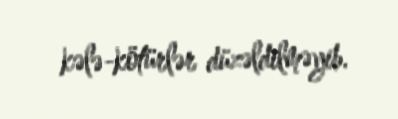
kələ-kötürlər düzəldilməyib.